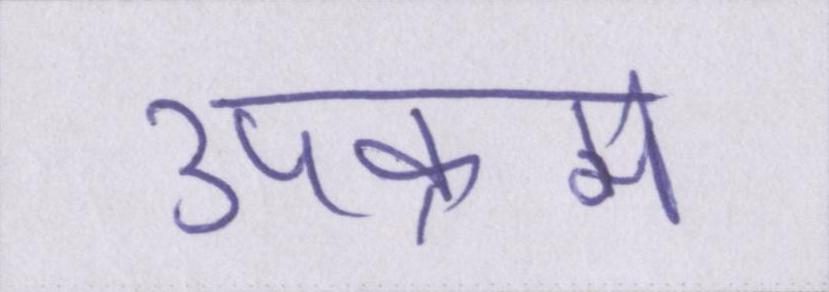
उपक्रम